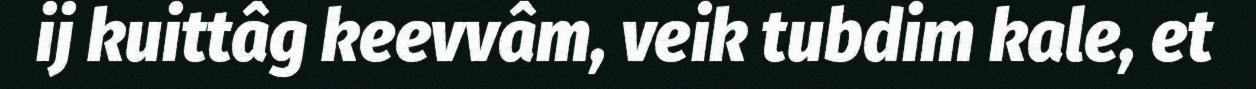
ij kuittâg keevvâm, veik tubdim kale, et